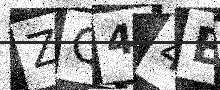
Text: ZQ44BZ